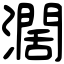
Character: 濶